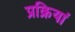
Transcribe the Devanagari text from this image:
प्रक्रियां